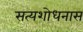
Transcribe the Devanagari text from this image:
सत्यशोधनास